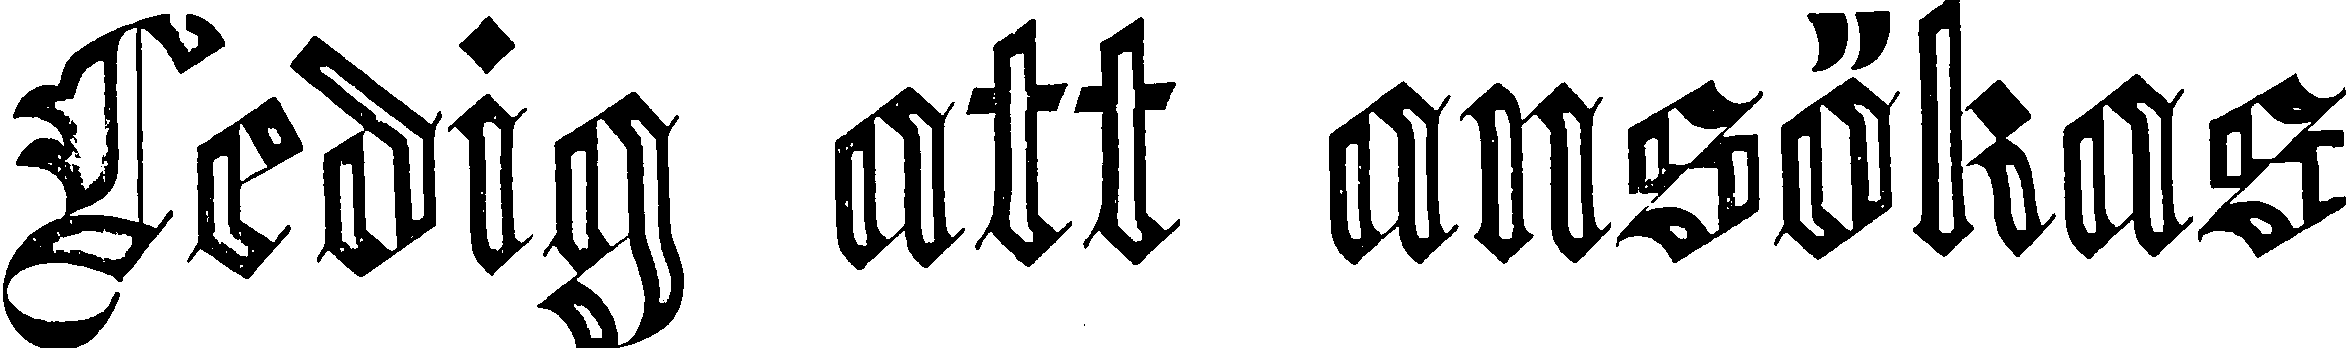
Ledig att ansökas